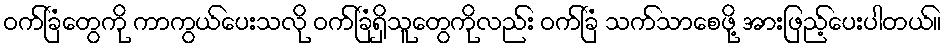
ဝက်ခြံတွေကို ကာကွယ်ပေးသလို ဝက်ခြံရှိသူတွေကိုလည်း ဝက်ခြံ သက်သာစေဖို့ အားဖြည့်ပေးပါတယ်။